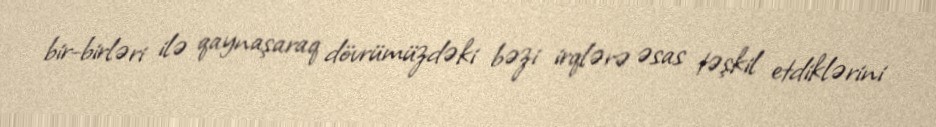
bir-birləri ilə qaynaşaraq dövrümüzdəki bəzi irqlərə əsas təşkil etdiklərini